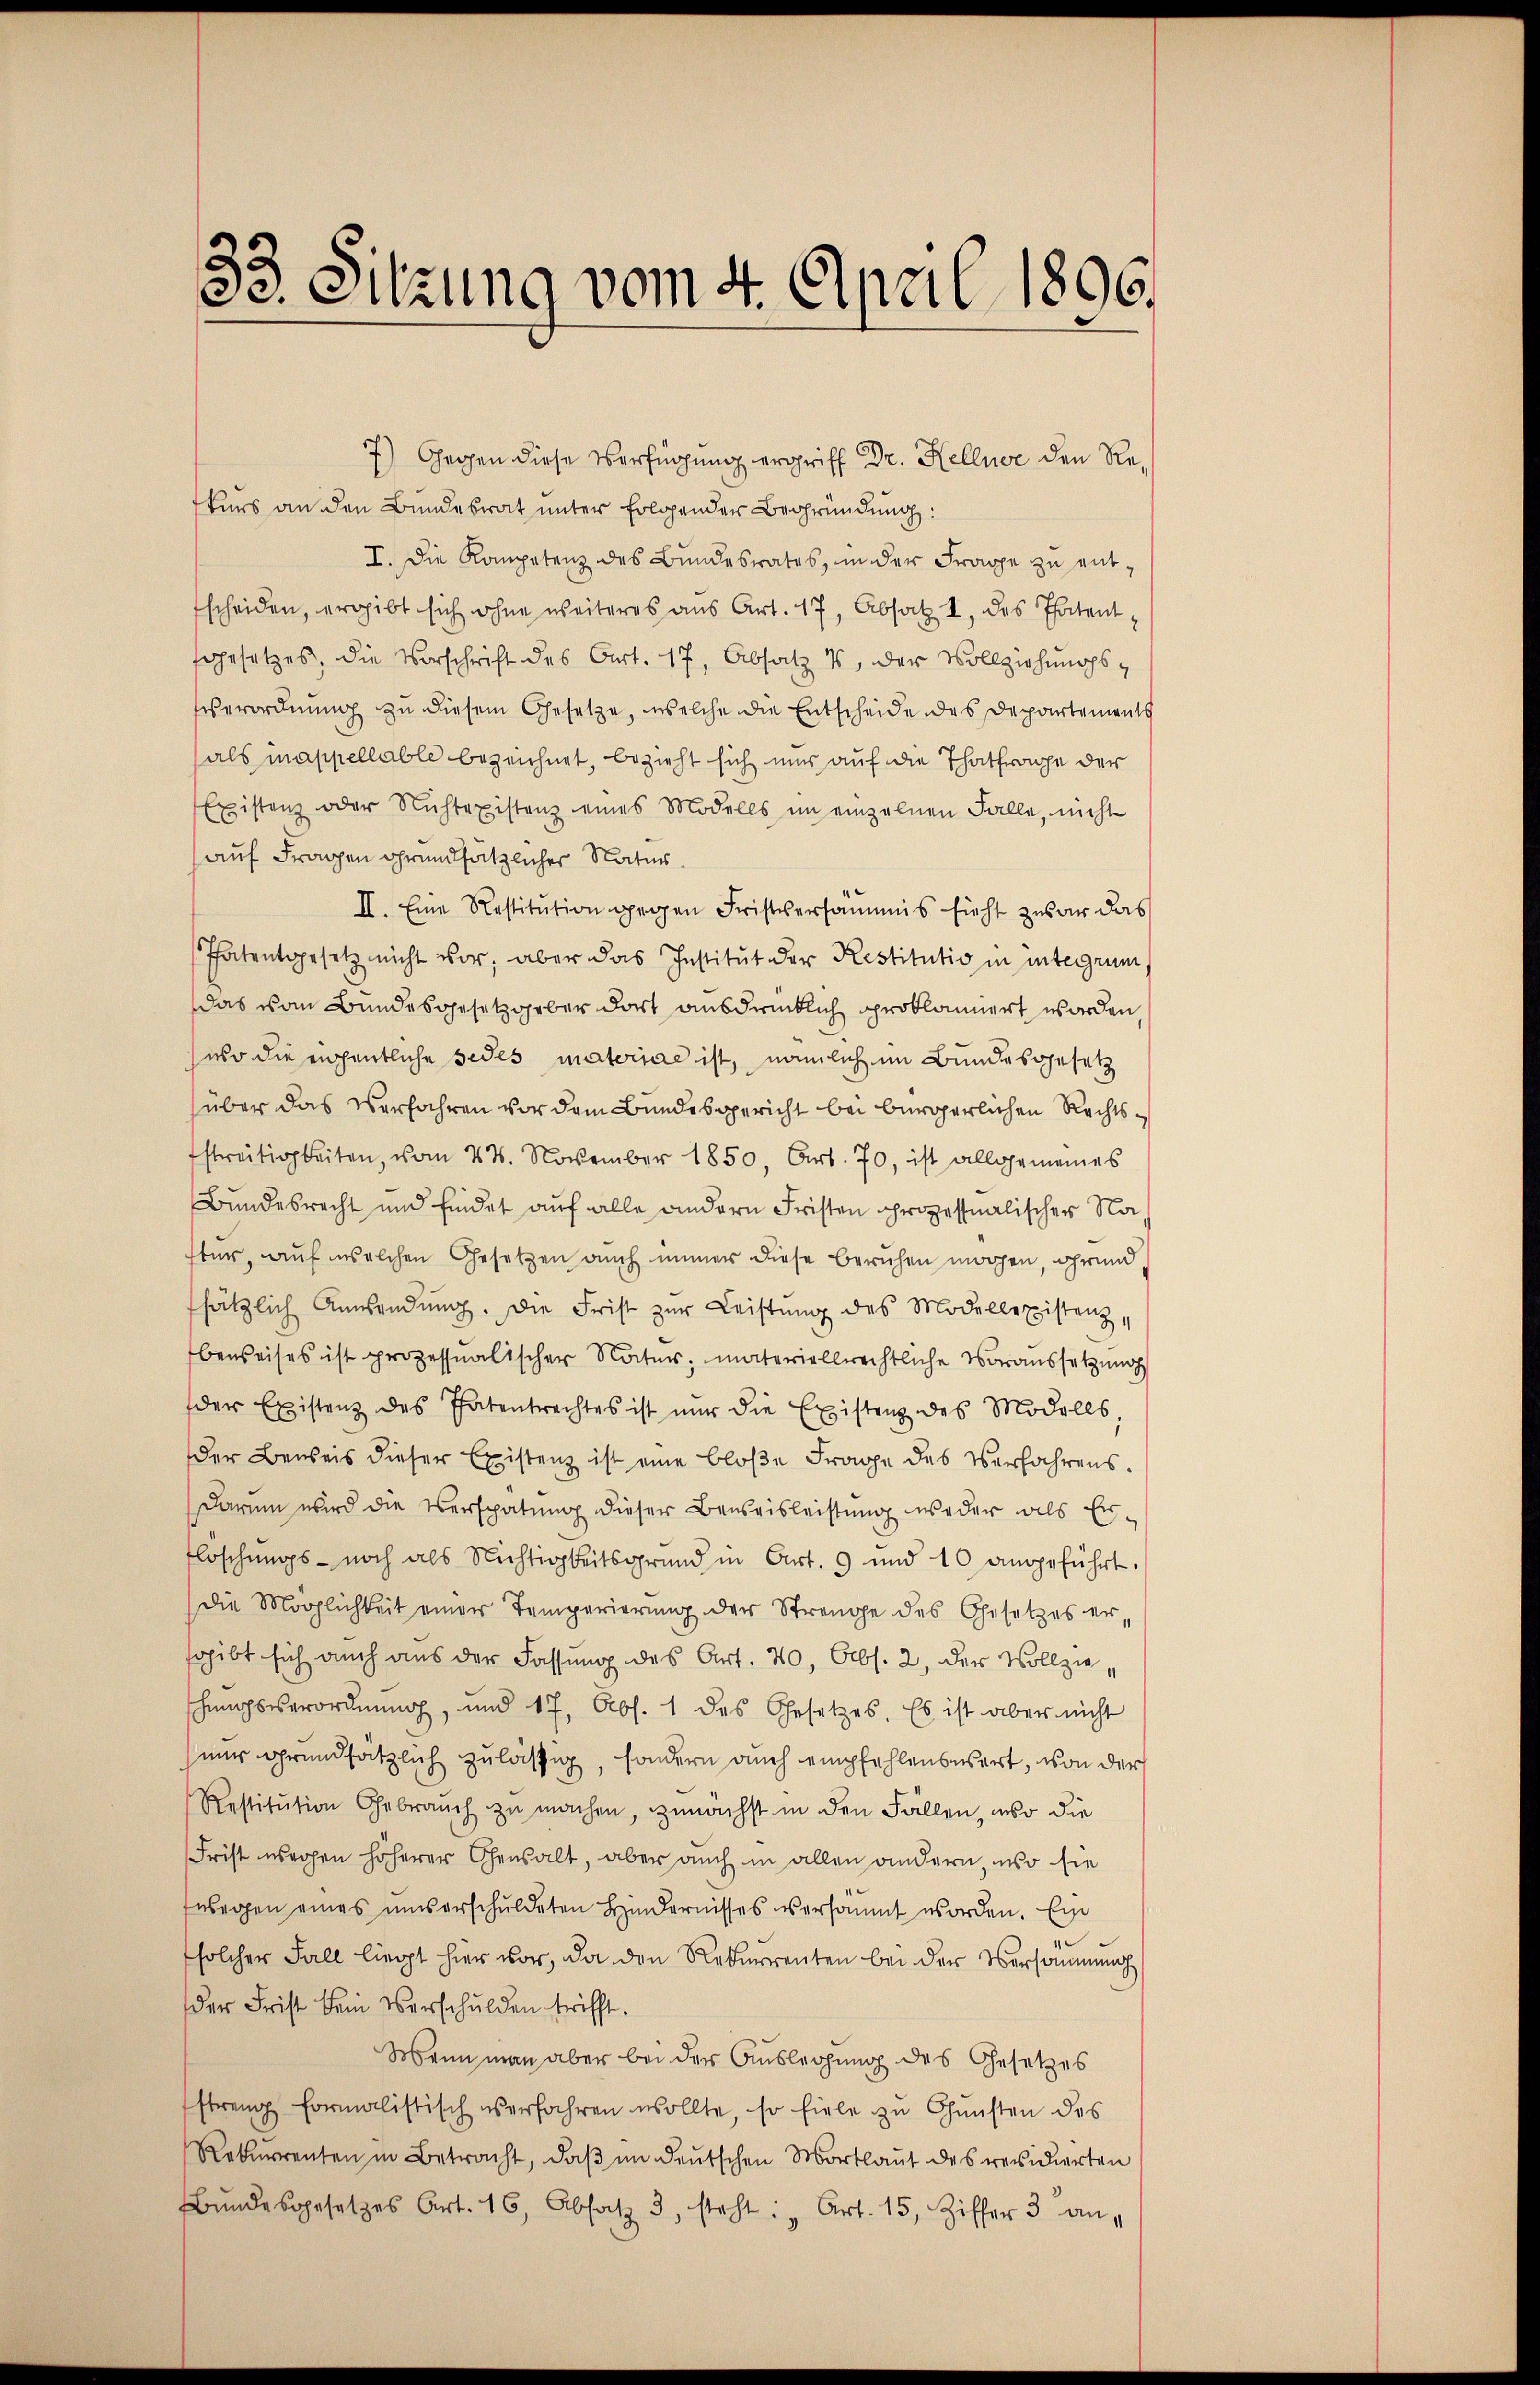
38. Sitzung vom 4. April 1896.

7) Gegen diese Verfügung ergriff Dr. Kellner den Rekurs an den Bundesrat unter folgender Begründung:
I. Die Kompetenz des Bundesrates, in der Frage zu enttscheiden, ergibt sich ohne weiteres aus Art. 17, Absatz 2 des Thatentfgesetzes, die Vorschrift des Art. 17, Absatz 1, der Vollziehungs¬
Eserordnung zu diesem Gesetze, welche die Entscheide des Departements
als mappellable bezeichnet, bezieht sich uns auf die Thatfrage der
Existenz oder Nichtexistenz eines Modells im einzelnen Falle, nicht
auf Fragen grundsätzlicher Natur.
II. Eine Restitŭtion gegen Fristversammis sicht zwar das
Thatentgesetz nicht vor, aber das Institut der Restitutio in integrum,
das vom Bundesgesetzgeber dort ausdrücklich proklamiert worden
aso die eigentliche Fedes materiae ist, nämlich im Bundesgesetz
über das Verfahren vor dem Bundesgericht bei bürgerlichen Rechts¬
Estreitigkeiten, vom 24. November 1850, Art. 70, ist allgemeines
Bundesrecht und findet auf alle andern Fristen prozessualischer Natur, auf welchen Gesetzen auch immer diese beruhen mögen, grund,
ssätzlich Anwendŭng. Die Frist zur Leistŭng des Modellexistenz,
beweises ist prozessualischer Natur, materiellrechtliche Voraussetzung
der Existenz des Patentrechtes ist nur die Existenz des Modells,
der Beweis dieser Existenz ist eine bloße Frage des Verfahrens.
Darum wird die Verspätung dieser Beweisleistung weder als Er¬
Floschungs- noch als Nichtigkeitsgrund in Art. 9 und 10 angeführt.
Die Möglichkeit einer Temperierŭng der Strenge des Gesetzes er-
sgibt sich auch aus der Fassung des Art. 40, Abs. 2, der Vollzie
schungsverordnŭng, und 17, Abs. 1 des Gesetzes. Es ist aber nicht
nur grundsätzlich zulässig, sondern auch empfehlenswert, von der
Restitŭtion Gebrauch zŭ machen, zunächst in den Fällen, wo die
Frist wegen höherer Censalt, aber auch in allen andern, wo sie
twegen eines unserschuldeten Hindernisses versammt worden. Ein
u
solcher Fall liegt hier vor, da den Rekurrenten bei der Versammung
der Frist kein Verschulden trifft.
Wenn man aber bei der Auslegung des Gesetzes
streng formalistisch verfahren wollte, so fiele zŭ Gŭnsten des
Rekurrenten in Betracht, daβ im deŭtschen Mortlaut des revidierten
Bŭndesgesetzes Art. 16, Absatz 3, steht: "Art. 15, Ziffer 3 an,